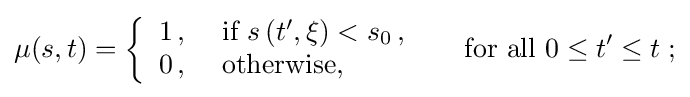
\mu (s,t)=\left\{{\begin{array}{ll}1\,,&{\text{ if }}s\left(t^{\prime },{\bf {\xi }}\right)<s_{0}\,,\\0\,,&{\text{ otherwise, }}\end{array}}\ \ \ \ {\text{ for all }}0\leq t^{\prime }\leq t\right.;